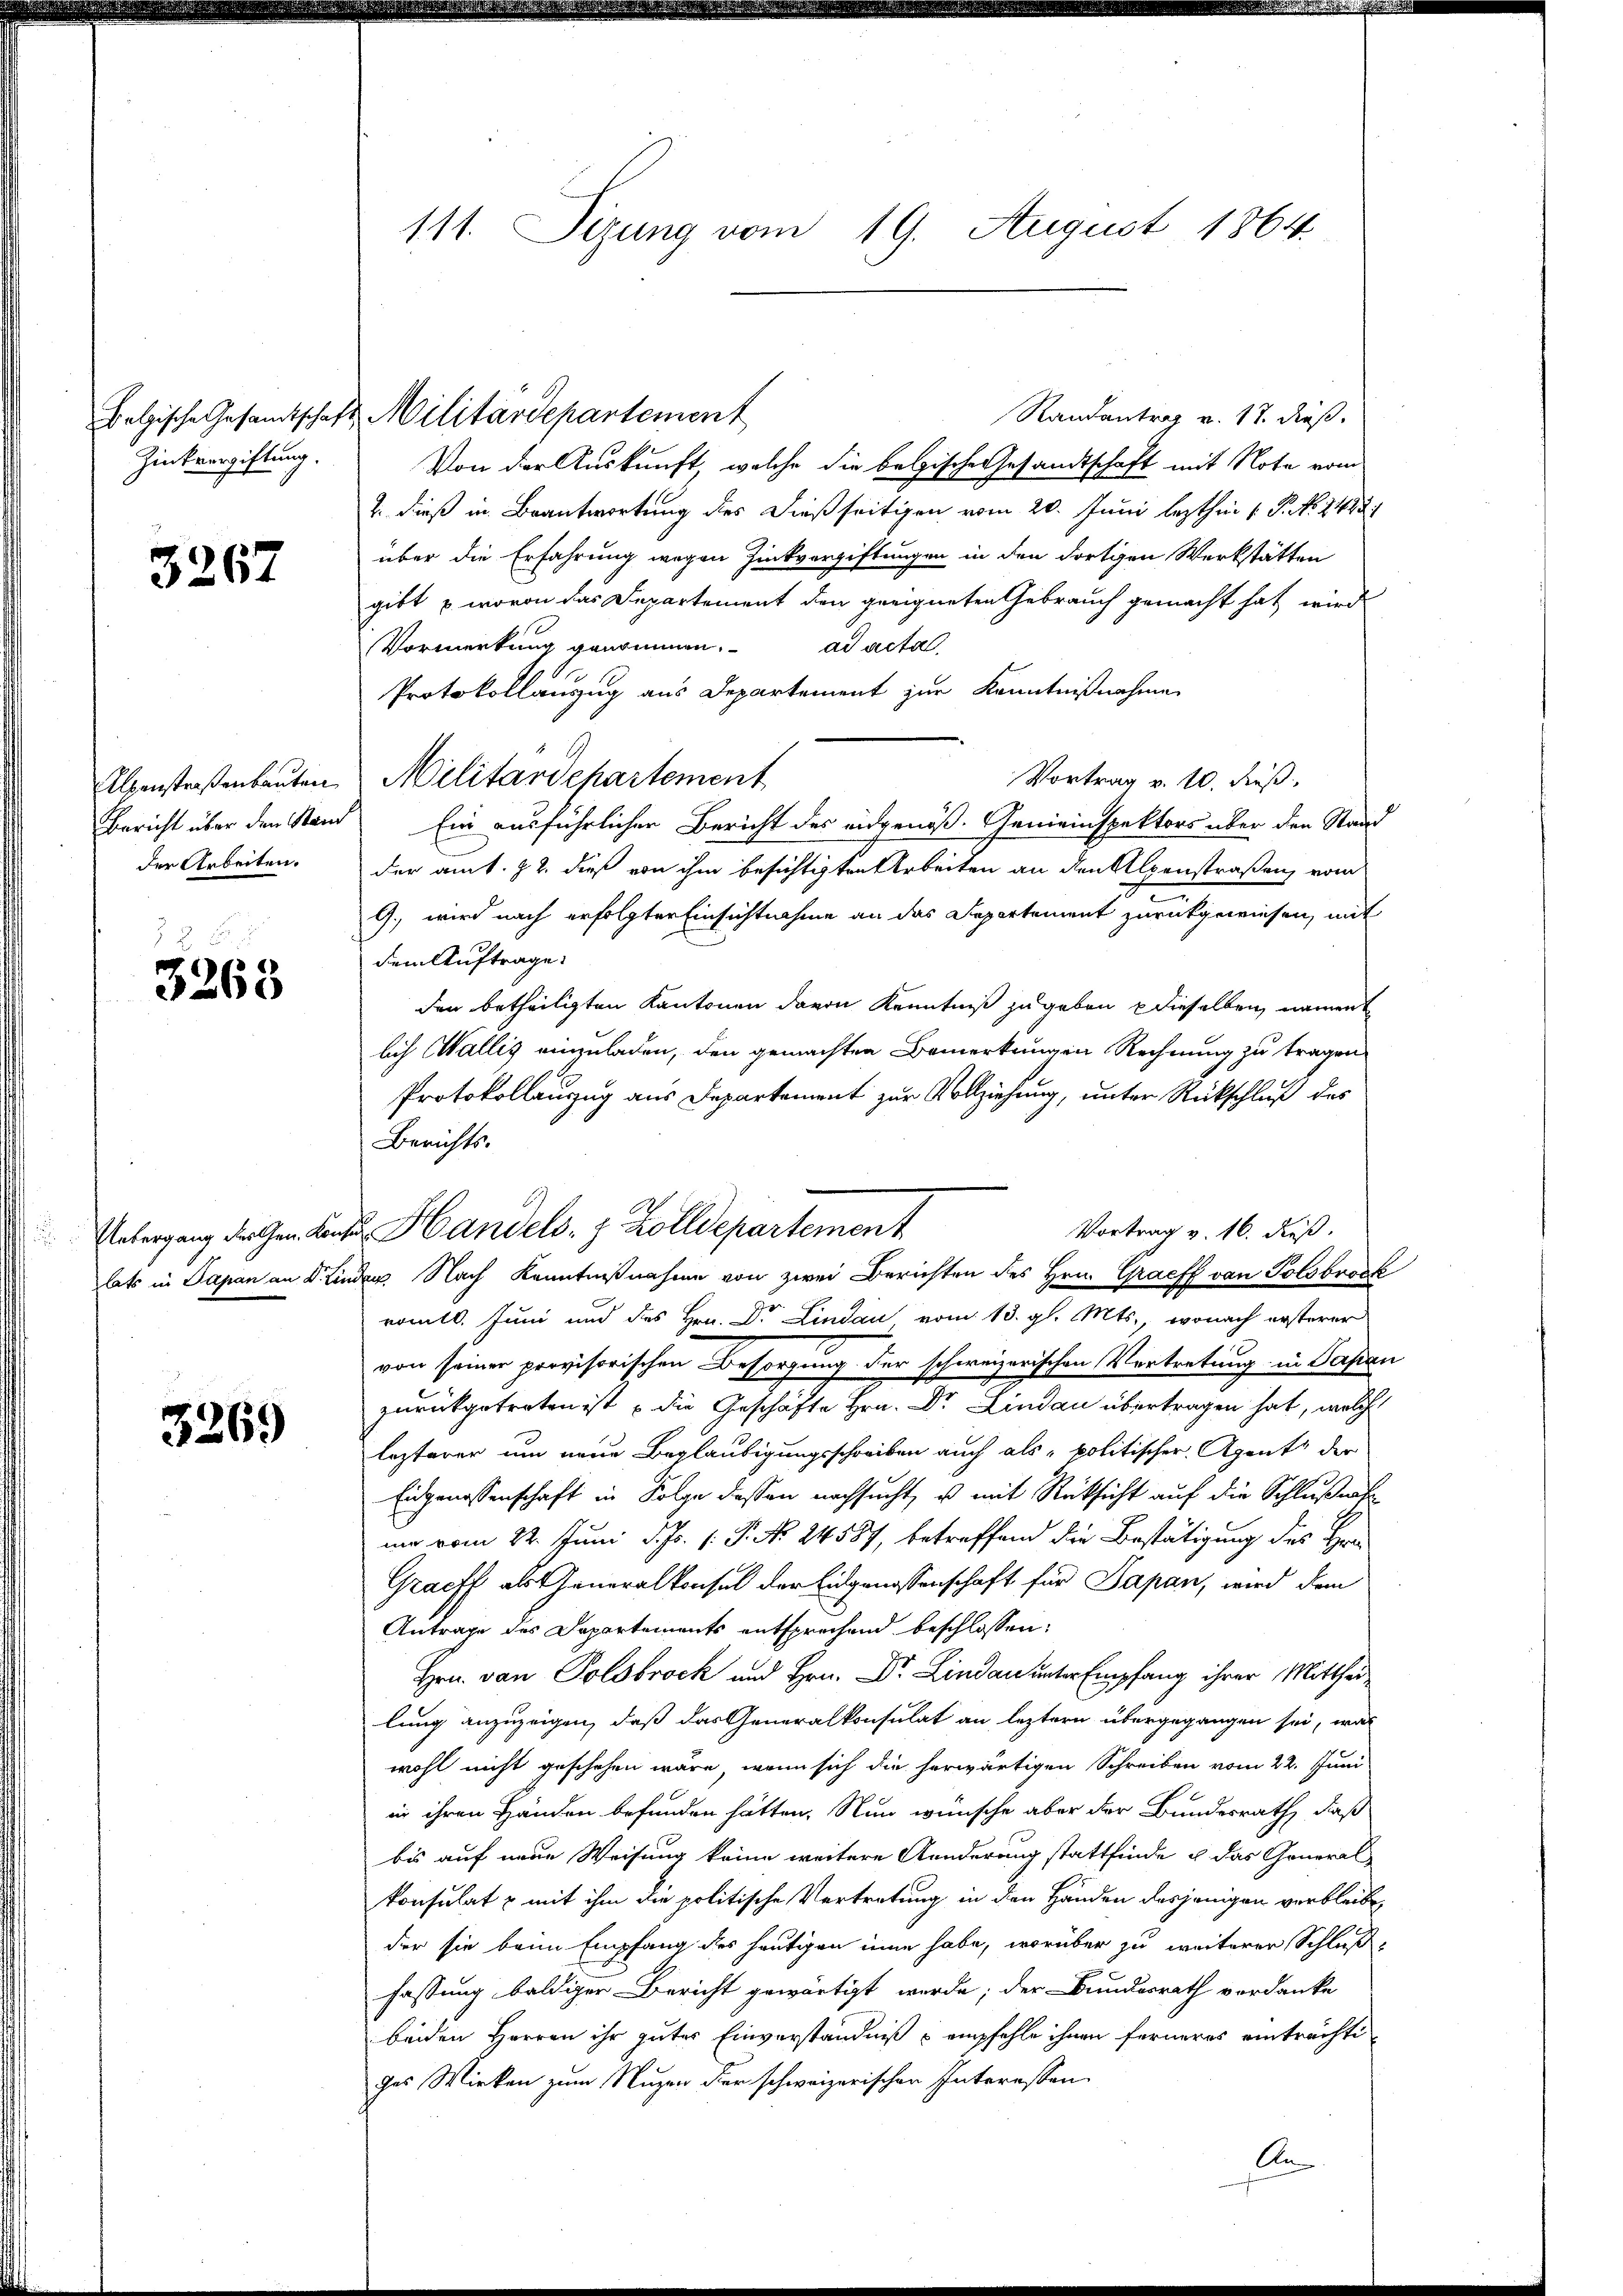
Zinkvergiftung.

3267

Alpenstraßenbauten
Bericht über den Stand
der Arbeiten.

3263

3269

111. Sizung vom 19. August 1864.

Belgische Gesandtschaft Militärdepartement

Randantrag v. 17. dieß.
Von der Auskunft, welche die belgische Gesandtschaft mit Note vom
2. dieß in Beantwortung des dießseitigen vom 20. Juni lezthin 1. P. No. 24281
über die Erfahrung wegen Zinkvergiftungen in den dortigen Werkstätten
gibt u. wovon das Departement den geeigneten Gebrauch gemacht hat, wird
Vormerkung genommen.
ad acta
Protokollanzug aus Departement zur Kenntnißnahme
Vortrag v. 10. dieß,
Militärdepartement
Ein ausführlicher Bericht des eidgenöß. Gemeinspektors über den Stand
der am 1. 22. dieß von ihm besichtigten Arbeiten an den Alpenstraßen, vom
G., wird nach erfolgter Einsichtnahme an das Departement zurückgewiesen, mit
dem Auftrage:
den betheiligten Kantonen davon Kenntniß zu geben u dieselben nament
lich Wallis einzuladen, den gemachten Bemerkungen Rechnung zu tragen
Protokollauszug aus Departement zur Vollziehung, unter Rückschluß des
Berichts-
Vortrag v. 16. dieß.
Untergang der Gen. Den Handels- & Zolldepartement
lats in Papan an Dr. Linder. Nach Kenntnißnahme von zwei Berichten des Hrn. Graeff von Polsbrock
romtl. Juni und des Hrn. Dr. Lindau vom 13. gl. Mts., wonach ersterer
von seiner provisorischen Besorgung der schweizerischen Vortretung in Sapan
zurückgetreten ist – die Geschäfte Hrn. Dr. Lindau übertragen hat, welch
lezterer um neue Beglaubigungsschreiben auch als „politischer Agent der
Eidgenossenschaft in Folge dessen nachsucht, u mit Rücksicht auf die Schlußnah
ni vom 22. Juni d. Js. 1. P. No. 24587, betreffend die Bestätigung des Hrn
Gracff als Generalkonsul der Eidgenossenschaft für Japan, wird dem
Antrage des Departements entsprechend beschlossen:
Hrn. von Polsbrock und Hrn. Dr. Lina unter Empfang ihrer Mittheilung anzuzeigen, daß das Generalkonsulat an leztern übergegangen sei, was
wohl nicht geschehen wäre, wenn sich die herwärtigen Schreiben vom 22. Juni
in ihren Händen befunden hätten. Nun wünsche aber der Bundesrath, daß
bis auf neue Weisung keine weitere Aenderung stattfinde u. das General-
konsulat & mit ihm die politische Vertretung in den Händen desjenigen verbleibe
der sie beim Empfang des heutigen inne habe, worüber zu weiterer Schluß
fassung baldiger Bericht gewärtigt werde; der Bundesrath verdanke
beiden Herren ihr gutes Einverständniß u empfehle ihnen ferneres einträchtiges Wirken zum Nuzen der schweizerischen Interessen
An